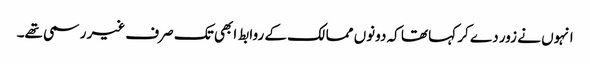
انہوں نے زور دے کر کہا تھا کہ دونوں ممالک کے روابط ابھی تک صرف غیر رسمی تھے۔